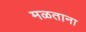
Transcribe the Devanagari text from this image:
मळताना